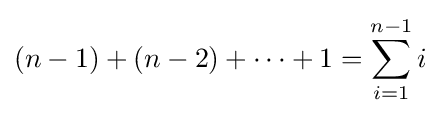
(n-1)+(n-2)+\dots +1=\sum _{i=1}^{n-1}i